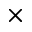
\times